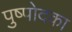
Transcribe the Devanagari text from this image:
पुष्पोदका